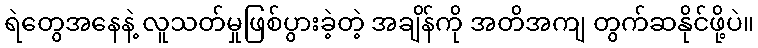
ရဲတွေအနေနဲ့ လူသတ်မှုဖြစ်ပွားခဲ့တဲ့ အချိန်ကို အတိအကျ တွက်ဆနိုင်ဖို့ပဲ။